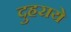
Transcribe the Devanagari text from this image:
दुहराये